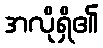
အလိုရှိ၏